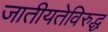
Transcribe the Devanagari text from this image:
जातीयतेविरुद्ध